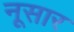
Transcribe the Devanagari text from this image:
नूसार